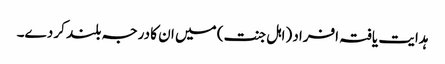
ہدایت یافتہ افراد (اہل جنت) میں ان کا درجہ بلند کر دے۔